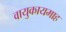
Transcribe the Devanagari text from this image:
वायुकायमाह